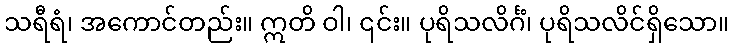
သရီရံ၊ အကောင်တည်း။ ဣတိ ဝါ၊ ၎င်း။ ပုရိသလိင်္ဂံ၊ ပုရိသလိင်ရှိသော။